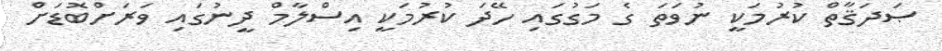
ޞަދަޤާތް ކުރުމަކީ ނުވަތަ ގެ މަގުގައި ހޭދަ ކުރުމަކީ އިސްލާމް ދީނުގައި ވަރަށްބޮޑަށް